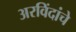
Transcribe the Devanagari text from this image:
अरविंदांचे